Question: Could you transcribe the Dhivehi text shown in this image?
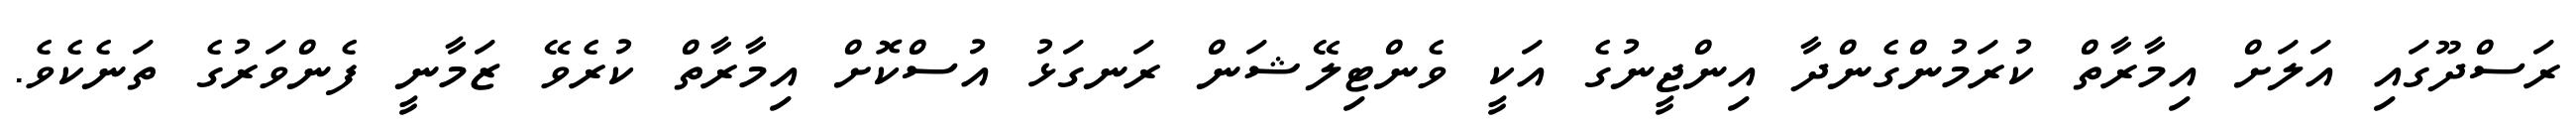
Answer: ރަސްދޫގައި އަލަށް އިމާރާތް ކުރަމުންގެންދާ އިންޖީނުގެ އަކީ ވެންޓިލޭޝަން ރަނގަޅު އުސްކޮށް އިމާރާތް ކުރެވޭ ޒަމާނީ ފެންވަރުގެ ތަނެކެވެ.